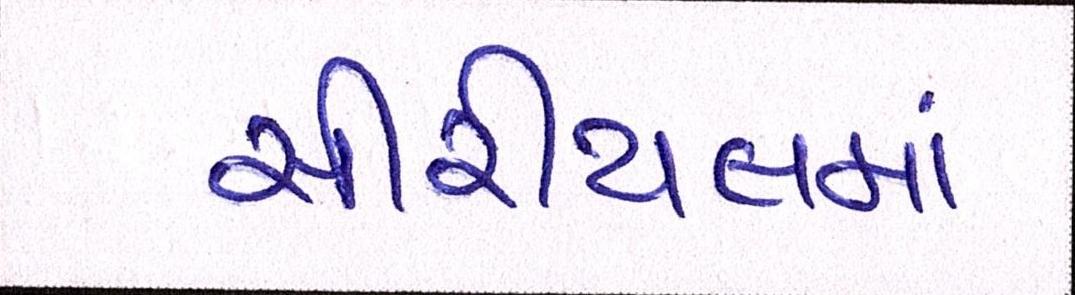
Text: સીરીયલમાં